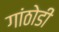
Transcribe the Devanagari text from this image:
गांठोडी